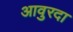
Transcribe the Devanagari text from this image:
आवुरदा